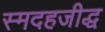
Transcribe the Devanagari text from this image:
स्मदहजीद्ध